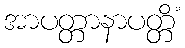
အာပတ္တာနာပတ္တိံ